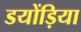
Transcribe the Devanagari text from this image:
डयोंड़िया